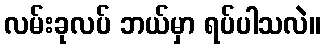
လမ်းခုလပ် ဘယ်မှာ ရပ်ပါသလဲ။